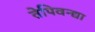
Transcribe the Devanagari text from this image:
तेपिवन्द्या